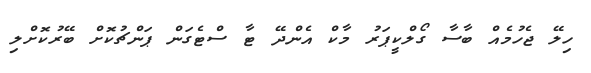
ހިލޭ ޖެހުމެއް ބާސާ ގޯލްކީޕަރު މާކް އެންދޭ ޓާ ސްޓެގަން ޕަންޗުކޮށް ބޭރުކޮށްލި